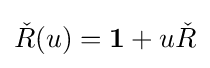
{\check {R}}(u)=\mathbf {1} +u{\check {R}}